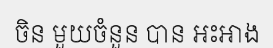
ចិន មួយចំនួន បាន អះអាង